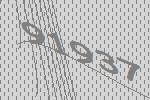
91937